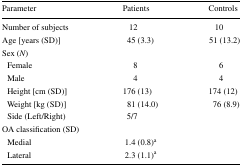
| Parameter | Patients | Controls |
 | --- | --- | --- |
 | Number of subjects | 12 | 10 |
 | Age [years (SD)] | 45 (3.3) | 51 (13.2) |
 | <COLSPAN=3> Sex (N) |
 | Female | 8 | 6 |
 | Male | 4 | 4 |
 | Height [cm (SD)] | 176 (13) | 174 (12) |
 | Weight [kg (SD)] | 81 (14.0) | 76 (8.9) |
 | Side (Left/Right) | 5/7 |  |
 | <COLSPAN=3> OA classification (SD) |
 | Medial | 1.4 (0.8)a |  |
 | Lateral | 2.3 (1.1)a |  |